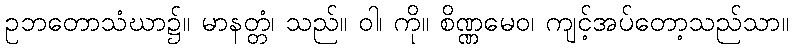
ဥဘတောသံဃာ၌။ မာနတ္တံ၊ သည်။ ဝါ၊ ကို။ စိဏ္ဏမေဝ၊ ကျင့်အပ်တော့သည်သာ။